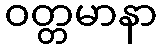
ဝတ္တမာနာ